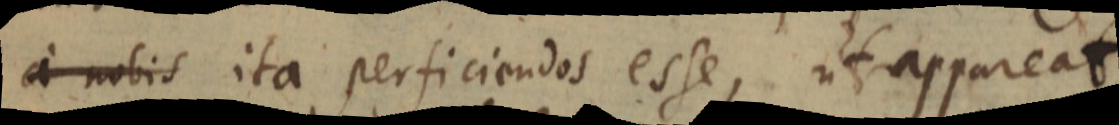
a nobis ita perficiendos esse, ut appareat